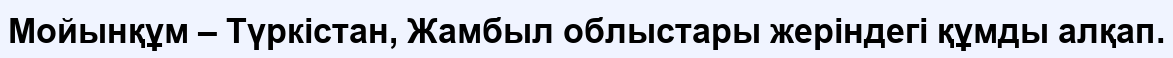
Мойынқұм – Түркістан, Жамбыл облыстары жеріндегі құмды алқап.